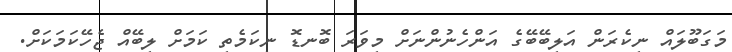
މަގަބޫލައް ނިކެރަން އަލިބޭބޭގެ އަންހެނުންނަށް މިވަރަ ބޮނޑޮ ނިކަމެތި ކަމަށް ލިބޭއް ޖެހޭކަމަކަށް.